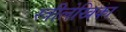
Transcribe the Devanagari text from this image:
स्त्रीलेखिका